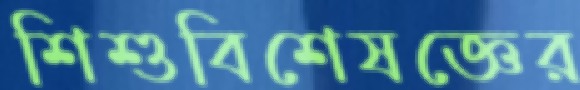
শিশুবিশেষজ্ঞের